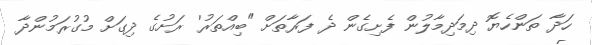
ހަދާ ތަންހެޔޮ ދިމަދިމާލުން ފެށިގެން ދެ ފަރާތަށް "ބިއްތަރު' ރަށުގެ ދިގަށް މުގުރަމުންދާ